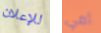
للإعلان أمي